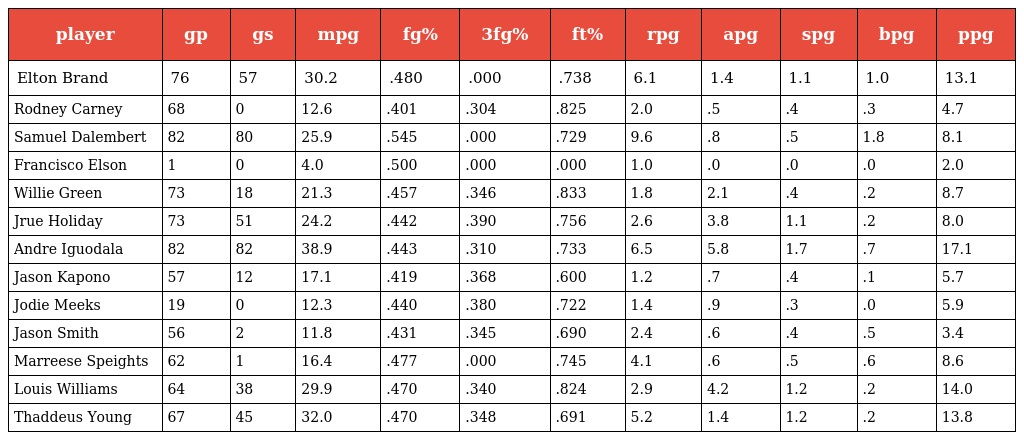
| player | gp | gs | mpg | fg% | 3fg% | ft% | rpg | apg | spg | bpg | ppg |
 | --- | --- | --- | --- | --- | --- | --- | --- | --- | --- | --- | --- |
 | Elton Brand | 76 | 57 | 30.2 | .480 | .000 | .738 | 6.1 | 1.4 | 1.1 | 1.0 | 13.1 |
 | Rodney Carney | 68 | 0 | 12.6 | .401 | .304 | .825 | 2.0 | .5 | .4 | .3 | 4.7 |
 | Samuel Dalembert | 82 | 80 | 25.9 | .545 | .000 | .729 | 9.6 | .8 | .5 | 1.8 | 8.1 |
 | Francisco Elson | 1 | 0 | 4.0 | .500 | .000 | .000 | 1.0 | .0 | .0 | .0 | 2.0 |
 | Willie Green | 73 | 18 | 21.3 | .457 | .346 | .833 | 1.8 | 2.1 | .4 | .2 | 8.7 |
 | Jrue Holiday | 73 | 51 | 24.2 | .442 | .390 | .756 | 2.6 | 3.8 | 1.1 | .2 | 8.0 |
 | Andre Iguodala | 82 | 82 | 38.9 | .443 | .310 | .733 | 6.5 | 5.8 | 1.7 | .7 | 17.1 |
 | Jason Kapono | 57 | 12 | 17.1 | .419 | .368 | .600 | 1.2 | .7 | .4 | .1 | 5.7 |
 | Jodie Meeks | 19 | 0 | 12.3 | .440 | .380 | .722 | 1.4 | .9 | .3 | .0 | 5.9 |
 | Jason Smith | 56 | 2 | 11.8 | .431 | .345 | .690 | 2.4 | .6 | .4 | .5 | 3.4 |
 | Marreese Speights | 62 | 1 | 16.4 | .477 | .000 | .745 | 4.1 | .6 | .5 | .6 | 8.6 |
 | Louis Williams | 64 | 38 | 29.9 | .470 | .340 | .824 | 2.9 | 4.2 | 1.2 | .2 | 14.0 |
 | Thaddeus Young | 67 | 45 | 32.0 | .470 | .348 | .691 | 5.2 | 1.4 | 1.2 | .2 | 13.8 |